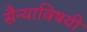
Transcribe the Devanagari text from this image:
सैन्याविषयी